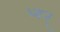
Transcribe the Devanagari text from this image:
ध्वन्